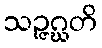
သဉ္ဇဂ္ဃတိ